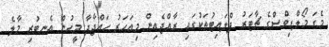
މެގަ މޯލްޑިވްސްގެ ޗާޓަރު ފްލައިޓުތަކުގައި ރާއްޖެއިން މިއަހަރު ހައްޖާދާ މީހުން އެނބުރި މާލެ